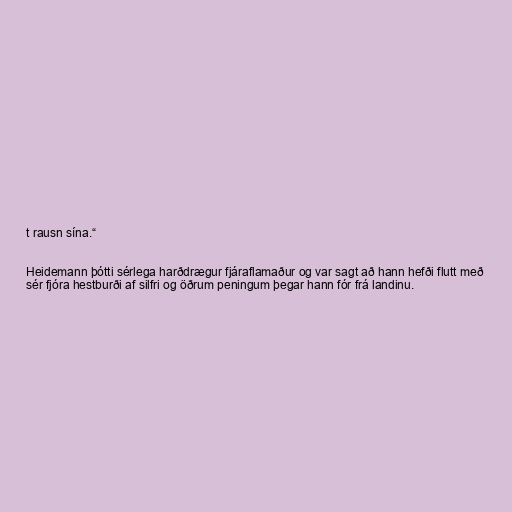
t rausn sína.“

Heidemann þótti sérlega harðdrægur fjáraflamaður og var sagt að hann hefði flutt með
sér fjóra hestburði af silfri og öðrum peningum þegar hann fór frá landinu.